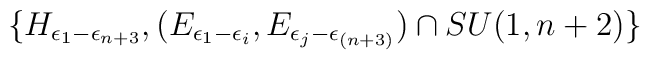
\{H_{\epsilon_1 -\epsilon_{n+3}},  (E_{\epsilon_1 -\epsilon_i},E_{\epsilon_j -\epsilon_{(n+3)}})\cap SU(1,n+2)\}